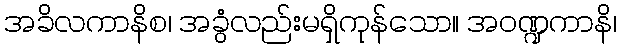
အခိလကာနိစ၊ အခွံလည်းမရှိကုန်သော။ အဝဏ္ဍကာနိ၊